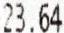
23.64